Document type: Dowry
Year: 1238
Scribe: Berenguer Jaume
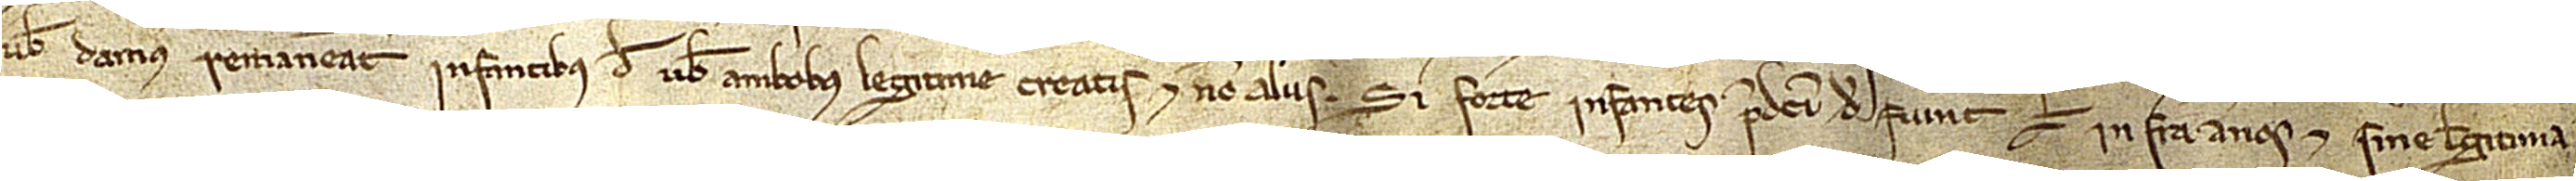
vobis damus remaneant infantibus de vobis ambobus legitime creatis, et non aliis. Si forte infantes predicti defuerint vel infra annos et sine legitima